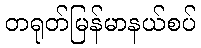
တရုတ်မြန်မာနယ်စပ်